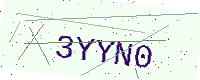
Text: 3YYN0